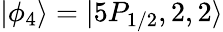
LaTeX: |\phi_{4}\rangle=|5P_{1/2},2,2\rangle